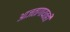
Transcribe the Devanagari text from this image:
आजतागायतही